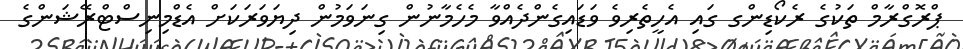
ޕްރޮގްރާމް ތަކުގެ ރެކޯޑިންގ ގައި އެހީތެރިވެ ވަޑައިގެންދެއްވާ މެހެމާނުން ގިނަވަމުން ދިޔަވަރަކަށް އެޑްމިނިސްޓްރޭޝަންގެ